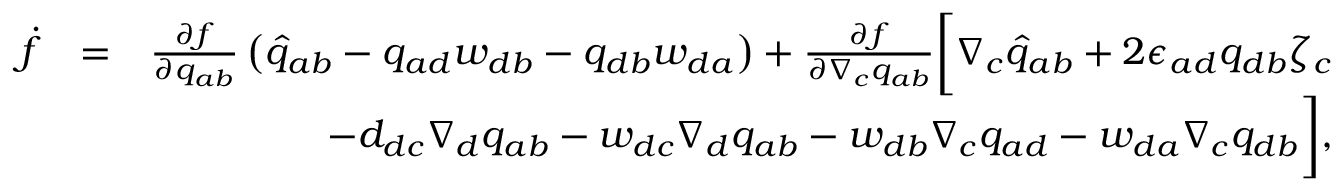
\begin{array} { r l r } { \dot { f } } & { = } & { \frac { \partial f } { \partial q _ { a b } } \left( \widehat { q } _ { a b } - q _ { a d } w _ { d b } - q _ { d b } w _ { d a } \right) + \frac { \partial f } { \partial \nabla _ { c } q _ { a b } } \bigg [ \nabla _ { c } \widehat { q } _ { a b } + 2 \epsilon _ { a d } q _ { d b } \zeta _ { c } } \\ & { } & { \; \; \; \; \; - d _ { d c } \nabla _ { d } q _ { a b } - w _ { d c } \nabla _ { d } q _ { a b } - w _ { d b } \nabla _ { c } q _ { a d } - w _ { d a } \nabla _ { c } q _ { d b } \bigg ] , } \end{array}